Sketch of the medical history of the native army of Bombay, for the year
Year: 1872
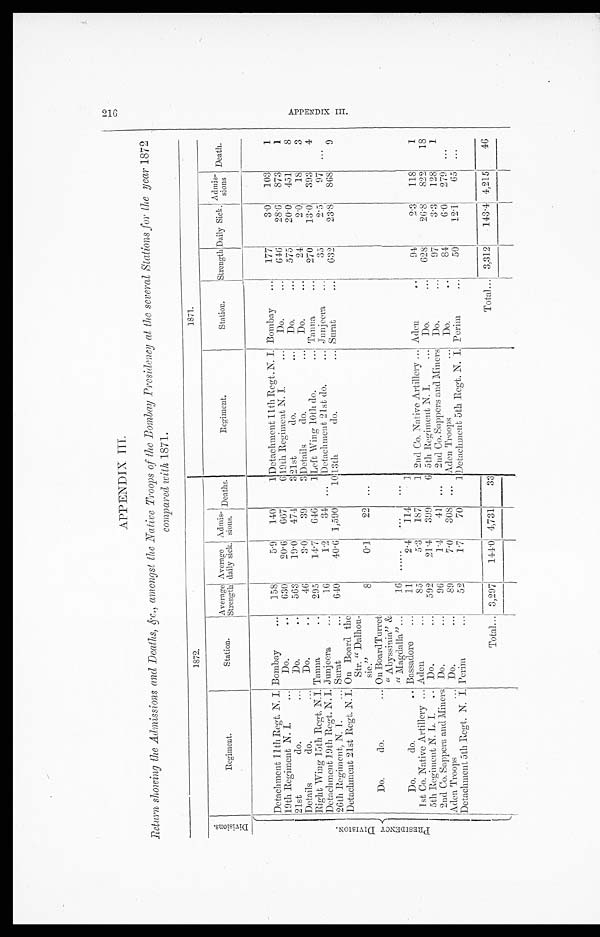
2 1 6 A P P E N D I X I I I .
APPENDIX III.
Retura showing the Admissions and Deaths, &c., amongst the Native Troops of the Bombay Presidency at the several Stations for the year 1872
compared with 1871.
1 8 7 2 .
1 8 7 1 .
D i v i s i o n s .
R e g i m e n t .
S t a t i o n .
A v e r a g e S t r e n g t h .
A v e r a g e d a i l y s i c k .
A d m i s - s i o n s .
D e a t h s .
R e g i m e n t .
S t a t i o n .
S t r e n g t h
D a i l y S i c k .
A d m i s - s i o n s
D e a t h s .
P R E S I D E N C Y D I V I S I O N .
Detachment 11th Regt. N. I.
Bombay
1 5 8
5 · 9
1 4 0
1
D e t a c h m e n t 1 1 t h R e g t . N . I .
Bombay
1 7 7
3 · 0
1 0 3
1
19th Regiment N. I.
D o .
6 3 0
2 0 · 6
6 6 7
6
1 9 t h R e g i m e n t N . I .
Do.
6 4 6
2 8 · 6
8 7 3
1
21st do.
Do.
5 6 3
1 9 · 0
4 7 4
3
2 1 s t d o .
Do.
5 7 5
2 0 · 0
4 5 1
8
Details do.
D o .
4 6
3 · 0
3 9 3
D e t a i l s d o .
Do.
2 4
2 · 0
1 8
3
Right Wing 15th Regt. N. I.
Tanna
2 9 5
1 4 · 7
6 4 6
1
Left Wing 10th do.
T a n n a
2 7 0
1 3 · 0
3 9 3
4
Detachment 19th Regt. N. I.
Junjeera
6
1 · 2
3 4 . . .
Detachment 21st do.
Junjeera
3 5
2 · 5
9 7
. . .
26th Regiment, N. I.
Surat
6 4 0
4 0 · 6
1 , 5 9 0
1 0
1 3 t h d o .
Surat
6 3 2
2 3 · 8
8 6 8
9
Detachment 21st Regt. N. I.
On B o a r d t h e S t r . " Da l h o u - s i e . "
8
0 · 1
2 2
. . .
Do. do.
O n B o a r d T u r r e t " A b y s s i n i a " & " M a g d a l l a "
1 6
. . . . . .
. . .
. . .
Do. do.
Bassadore
1 1
2 · 4
1 1 4
1
1st Co. Native Artillery
Aden
8 5
5 · 3
1 8 7
1 2nd Co. Native Artillery
Aden
9 4
2 · 3
1 1 8
1
5th Regiment N. L. I.
Do.
5 9 2
2 1 · 4
3 9 9
6
5t h Regi ment N. I .
Do.
6 2 8
2 6 · 8
8 2 2
1 8
2nd Co. Sappers and Miners
Do.
9 6
1 · 4
4 1
. . .
2 n d C o . S a p p e r s a n d M i n e r s
D o .
9 7
3 · 3
1 2 8
1
Aden Troops
Do.
8 9
7 · 0
3 0 8
. . .
Aden Troops
Do.
8 4
6 · 0
2 7 9
. . .
Detachment 5th Regt. N. I.
Perim
5 2
1 · 7
7 0
1
D e t a c h m e n t 5 t h R e g t . N . I .
P e r i m
5 0
1 2 · 1
6 5
. . .
3 , 2 9 7
1 4 4 · 0
4 , 7 3 1
3 3
3 , 3 1 2
1 4 3 · 4
4 , 2 1 5
4 6